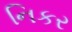
નિકર